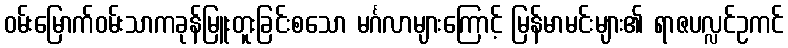
ဝမ်းမြောက်ဝမ်းသာကခုန်မြူးတူးခြင်းစသော မင်္ဂလာများကြောင့် မြန်မာမင်းများ၏ ရာဇပလ္လင်ဥကင်